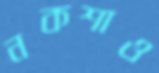
নকশাও